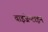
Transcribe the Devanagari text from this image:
वाइजेन्टाइन